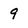
Character: 9